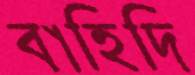
বাহিদি